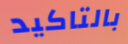
بالتاكيد